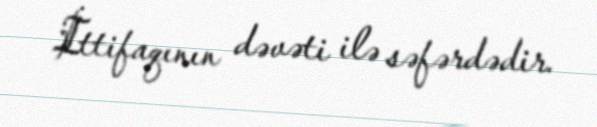
İttifaqının dəvəti ilə səfərdədir.